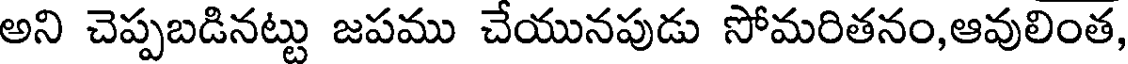
అని చెప్పబడినట్టు జపము చేయునపుడు సోమరితనం,ఆవులింత